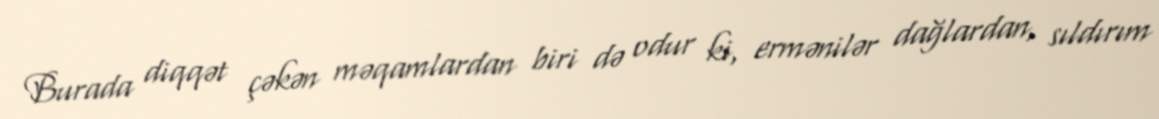
Burada diqqət çəkən məqamlardan biri də odur ki, ermənilər dağlardan, sıldırım